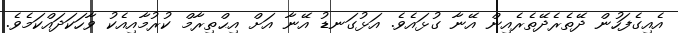
އެއިގެފަހުން ދޭތެރެދޭތެރެއިން އޭނާ ގުޅައެވެ. އަޅުގަނޑު އޭނާ އަށް އިޙްތިރާމް ކުރުމާއިއެކު ވާހަކަދައްކަމެވެ.